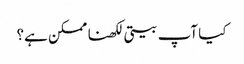
کیا آپ بیتی لکھنا ممکن ہے؟